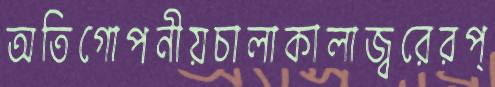
অতিগোপনীয়চালাকালাজ্বরেরপ্